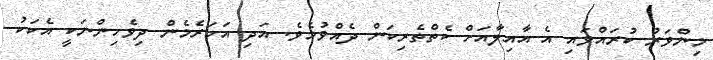
މިންވަރު ކުރައްވައި އެ އާއިލާއަށް ކެތްތެރިކަން ދެއްވުމެވެ. އަދި އަހަރެމެން ދިވެހިންނަކީ އެކަކު